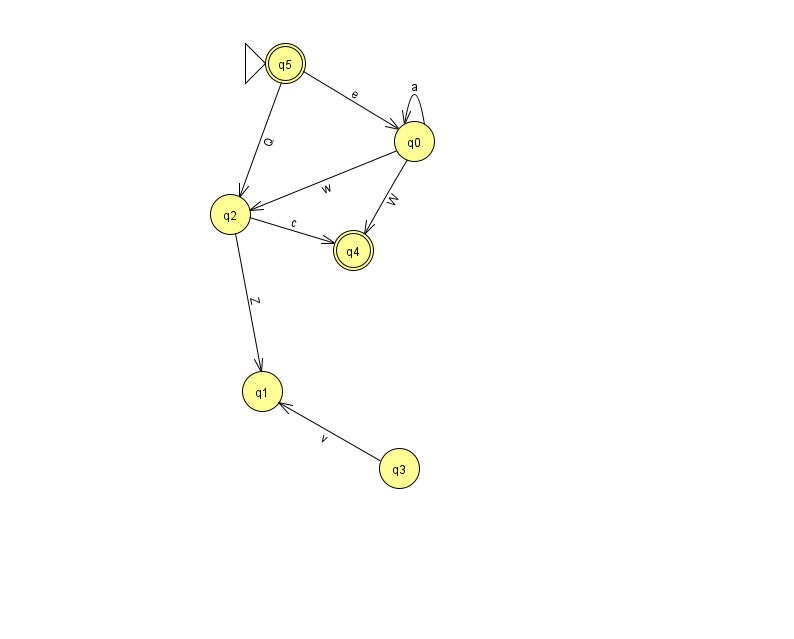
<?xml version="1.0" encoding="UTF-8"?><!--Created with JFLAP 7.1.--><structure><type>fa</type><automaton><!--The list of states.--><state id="0" name="q0"><x>414.0</x><y>128.0</y></state><state id="1" name="q1"><x>262.0</x><y>378.0</y></state><state id="2" name="q2"><x>230.0</x><y>201.0</y></state><state id="3" name="q3"><x>399.0</x><y>455.0</y></state><state id="4" name="q4"><x>353.0</x><y>237.0</y><final/></state><state id="5" name="q5"><x>285.0</x><y>50.0</y><initial/><final/></state><!--The list of transitions.--><transition><from>0</from><to>0</to><read>a</read></transition><transition><from>2</from><to>1</to><read>Z</read></transition><transition><from>5</from><to>0</to><read>e</read></transition><transition><from>2</from><to>4</to><read>c</read></transition><transition><from>0</from><to>2</to><read>w</read></transition><transition><from>5</from><to>2</to><read>Q</read></transition><transition><from>3</from><to>1</to><read>v</read></transition><transition><from>0</from><to>4</to><read>W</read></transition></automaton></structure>